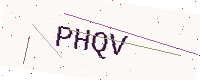
Text: PHQV